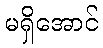
မရှိအောင်